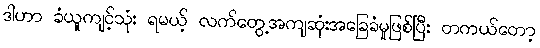
ဒါဟာ ခံယူကျင့်သုံး ရမယ့် လက်တွေ့အကျဆုံးအခြေခံမူဖြစ်ပြီး တကယ်တော့